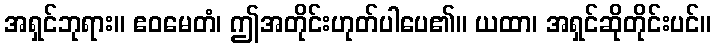
အရှင်ဘုရား။ ဧဝမေတံ၊ ဤအတိုင်းဟုတ်ပါပေ၏။ ယထာ၊ အရှင်ဆိုတိုင်းပင်။